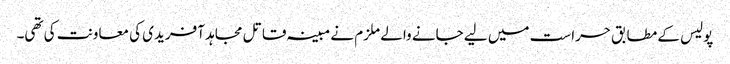
پولیس کے مطابق حراست میں لیے جانے والے ملزم نے مبینہ قاتل مجاہد آفریدی کی معاونت کی تھی۔